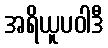
အရိယူပဝါဒီ